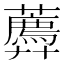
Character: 𧂑